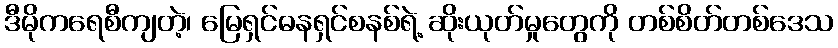
ဒီမိုကရေစီကျတဲ့၊ မြေရှင်ဓနရှင်စနစ်ရဲ့ ဆိုးယုတ်မှုတွေကို တစ်စိတ်တစ်ဒေသ